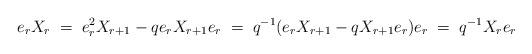
LaTeX: \begin{align*}e_rX_r\;=\; e_r^2X_{r+1}-qe_rX_{r+1}e_r\;=\; q^{-1}(e_rX_{r+1}-qX_{r+1}e_r)e_r\;=\;q^{-1}X_re_r\end{align*}